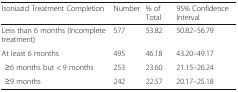
<table><thead><tr><td><b>Isoniazid Treatment Completion</b></td><td><b>Number</b></td><td><b>% of Total</b></td><td><b>95% Confidence Interval</b></td></tr></thead><tbody><tr><td>Less than 6 months (Incomplete treatment)</td><td>577</td><td>53.82</td><td>50.82–56.79</td></tr><tr><td>At least 6 months</td><td>495</td><td>46.18</td><td>43.20–49.17</td></tr><tr><td>≥6 months but &lt; 9 months</td><td>253</td><td>23.60</td><td>21.15–26.24</td></tr><tr><td>≥9 months</td><td>242</td><td>22.57</td><td>20.17–25.18</td></tr></tbody></table>